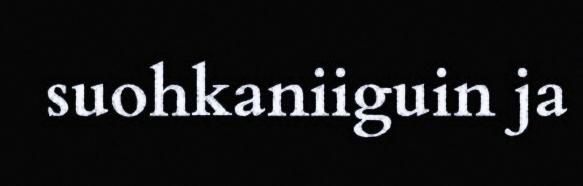
suohkaniiguin ja